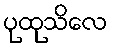
ပုထုသိလေ